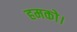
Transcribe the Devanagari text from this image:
हमको।